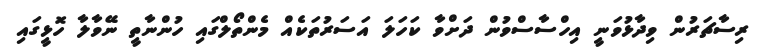
ރިސާޗަރުން ވިދާޅުވަނީ އިހްސާސްވުން ދަށްވާ ކަހަލަ އަސަރުތަކެއް މެންތޯލްގައި ހުންނާތީ ނޭވާލާ ހޮޅީގައި